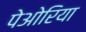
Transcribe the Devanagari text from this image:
पेओरिया